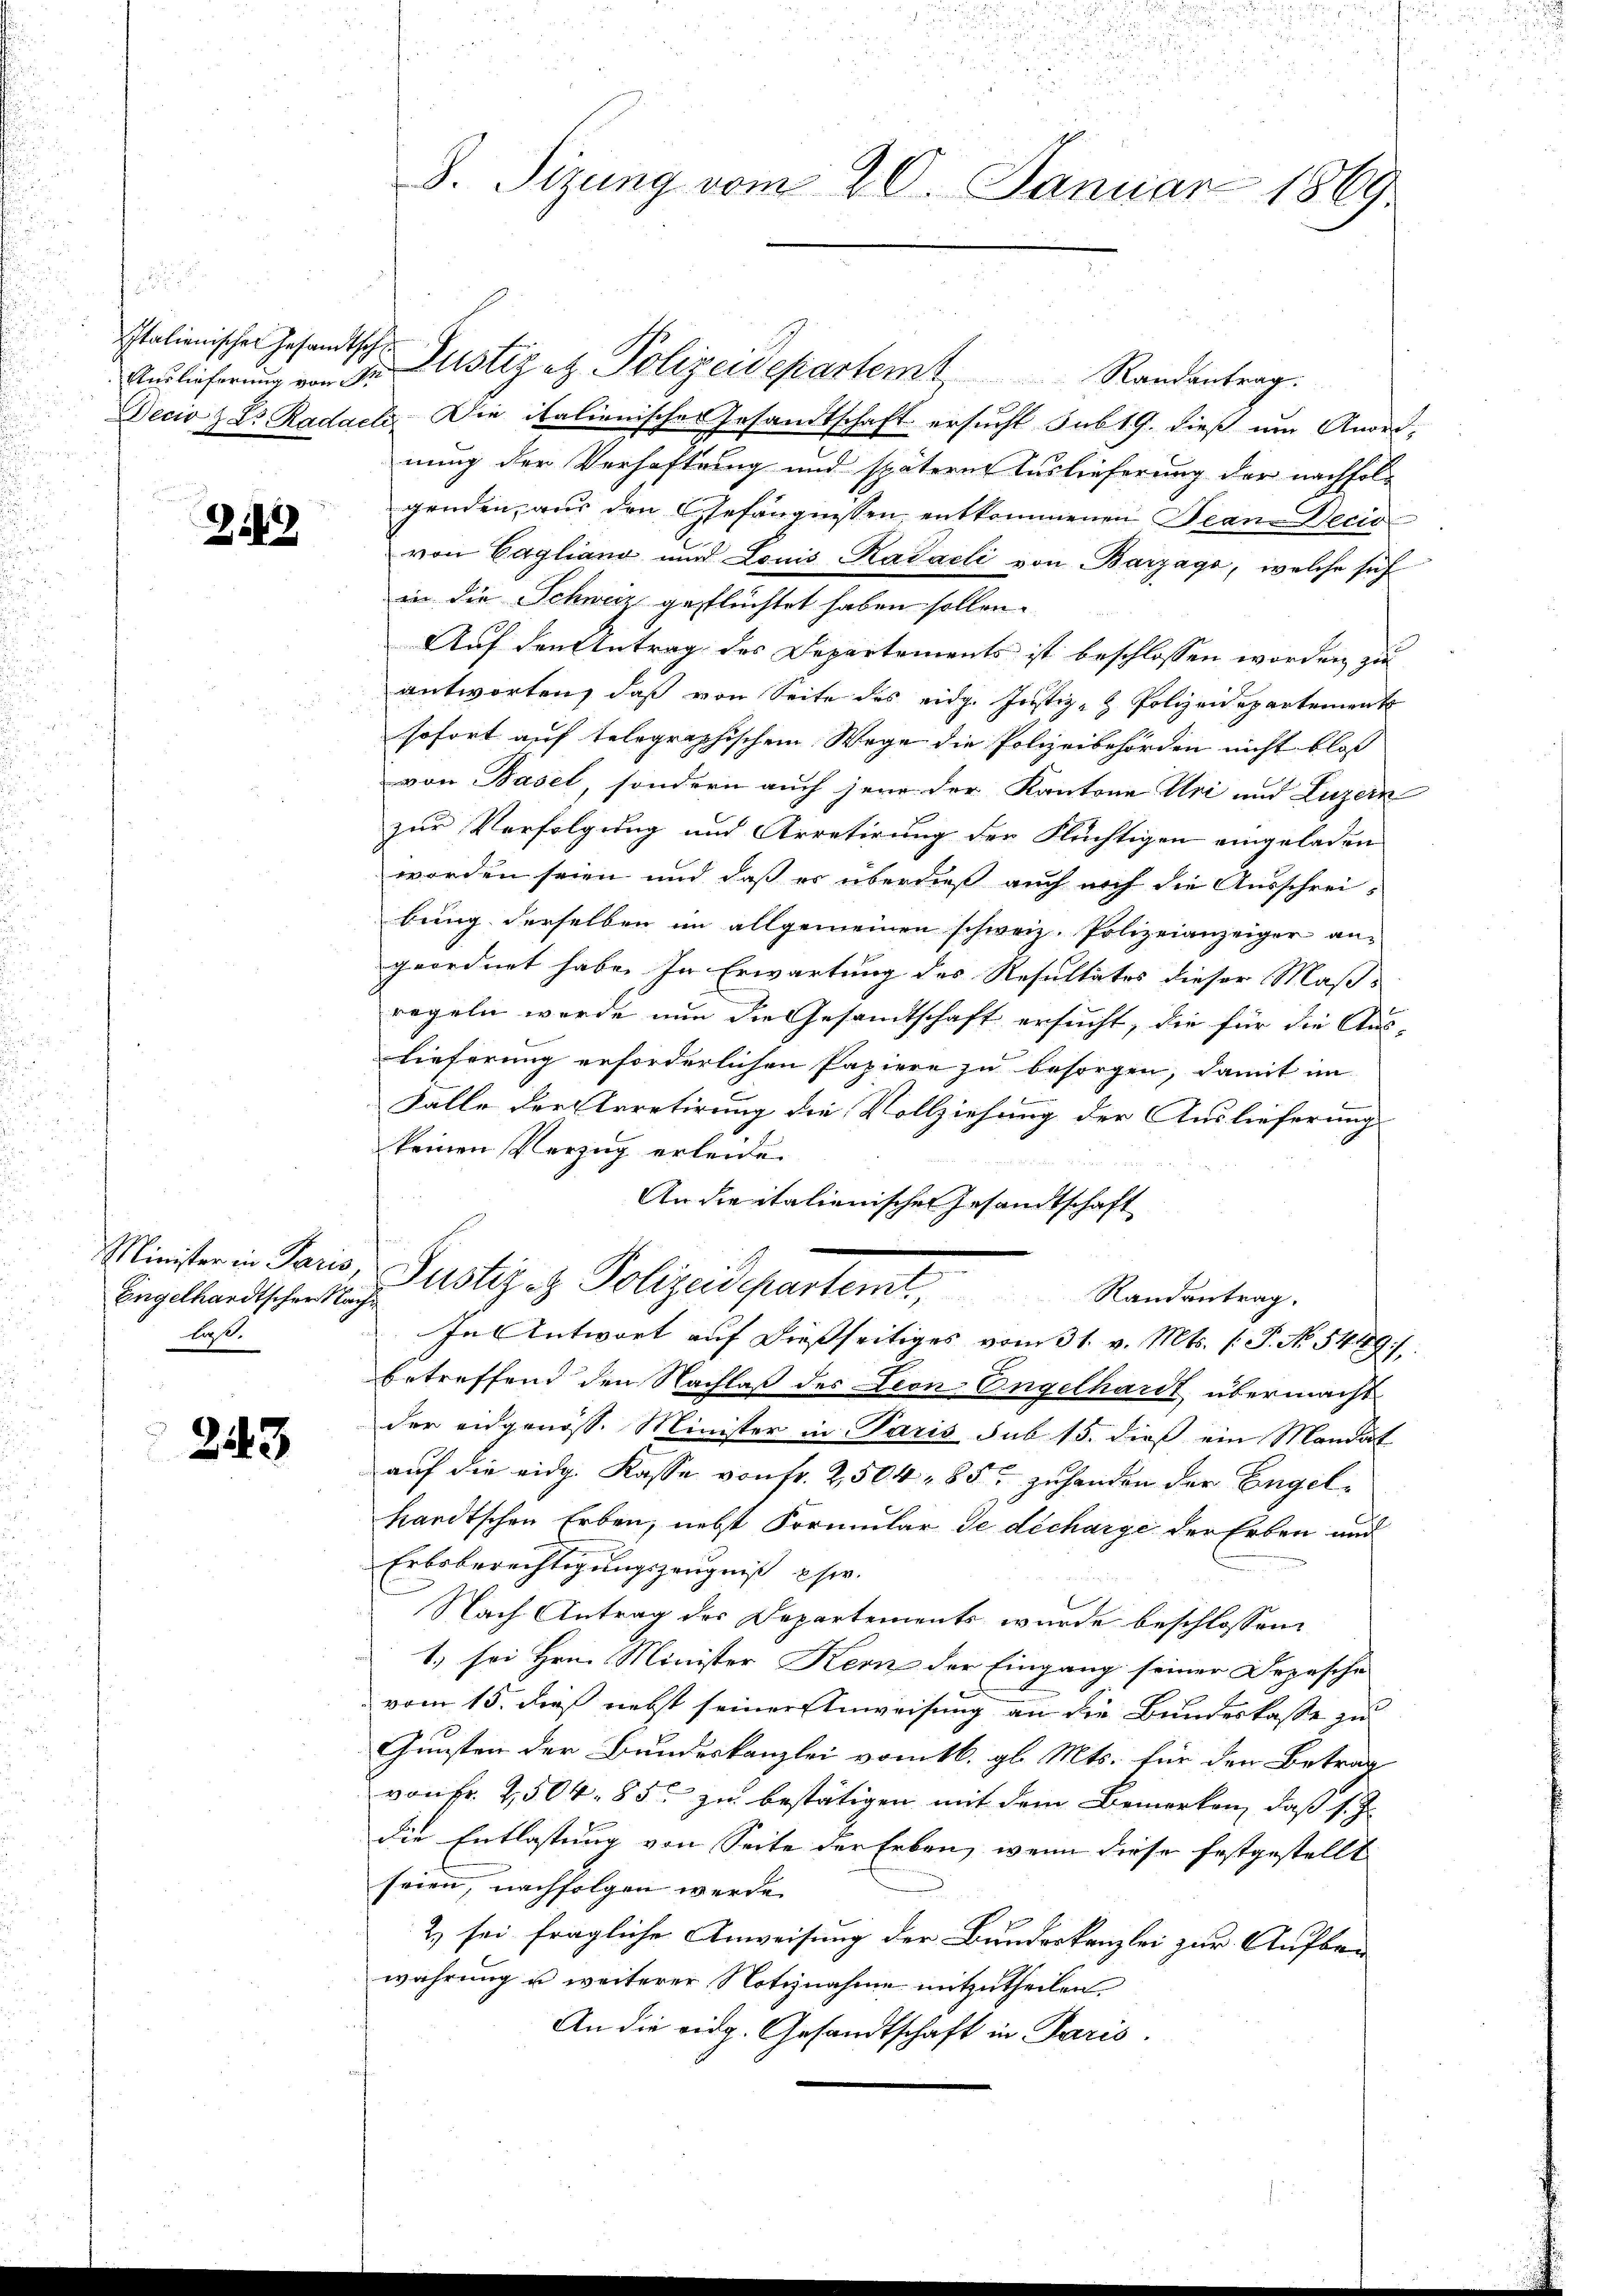
Auslieferung von Sr

2243

Minister in Paris.
Engelhardtscher Nac
laß.

243

d. Sizung vom 20. Januar 1869.

Decio 2 Dr. Radaele. Die italienisches Gesandtschaft ersucht sub 19. dieß um Anord-
nung der Verhaftung und spätern Auslieferung der nachfolgenden, aus den Gefängnissen entkommenen Tean Decis
von Cagliana und Louis Kadaeli von Barzage, welche sich
in die Schweiz geflüchtet haben sollen.
Auf den Antrag des Departements ist beschlossen worden zu
antworten, daß von Seite des eidg. Justiz- & Polizeidepartement
sofort auf telegraphischem Wege die Polizeibehörden nicht bloß
von Basel, sondern auch jene der Kantone Uri und Luzern
zur Verfolgung und Arretirung der Flüchtigen eingeladen
worden seien und daß er überdieß auch noch die Ausschreibung derselben im allgemeinen schweiz. Polizeianzeiger an-
geordnet habe. In Erwartung des Resultates dieser Maß-
regeln werde nun die Gesandtschaft ersucht, die für die Aus-
lieferung erforderlichen Papiere zu besorgen, damit im
Falle der Arretirung die Vollziehung der Auslieferung
keinen Verzug erleide.
An die italienischen Gesandtschaft
Justiges Polizeidepartemt, Standentrag.
In Antwort auf dießseitiges vom 31. v. Mts. (: P. No. 5449/
betreffend den Nachlaß des Leon Engelhardt übermacht
der eidgenöss. Minister in Paris sub 15. dieß ein Mandat
auf die eidg. Kasse von fr. 2504- 85 zuhanden der Engelhandtschen Erben, nebst Formular de décharge der Erben und
Erboberechtigungszeugniß es.
Nach Antrag des Departements wurde beschlossen:
1.) sei Hrn. Minister Kern der Eingang seiner Depesche
vom 15. dieß nebst seiner Anweisung an die Bundeskasse zu
Gunsten der Bundeskanzlei vom 16. gl. Mts. für den Betrag
von Fr. 2504. 85. zu bestätigen mit dem Bemerken, daß s. Z.
die Entlastung von Seite der Erben, wenn diese festgestellt
feien, nachfolgen werde.
2) sei fragliche Anweisung der Bundeskanzlei zur Aufbau
währung u weiterer Notiznahme mitzutheilen.
An die eidg. Gesandtschaft in Paris.

Italienischen Gesandtsche Justiz ez Polizeidepartemt Randantrag.